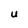
Character: U